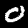
Label: 0